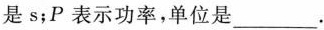
是s；P表示功率，单位是___.